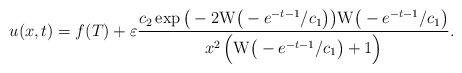
LaTeX: \begin{align*}u(x,t)=f(T)+\varepsilon \frac{c_{2}\exp\big(-2{\rm W}\big(-e^{-t-1}/c_{1}\big)\big) {\rm W}\big(-e^{-t-1}/c_{1}\big) }{x^{2}\,\Big({\rm W}\big(-e^{-t-1}/c_{1}\big) +1\Big)}.\end{align*}